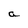
Character: a